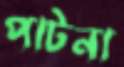
পাটনা